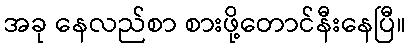
အခု နေလည်စာ စားဖို့တောင်နီးနေပြီ။